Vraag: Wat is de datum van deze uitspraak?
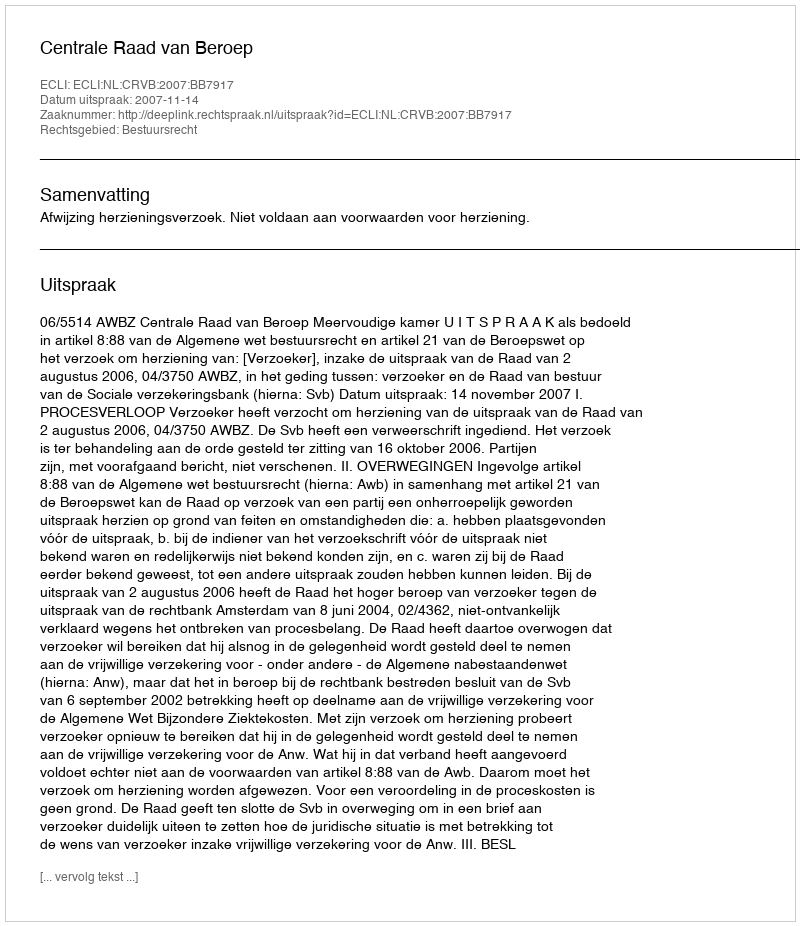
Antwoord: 2007-11-14